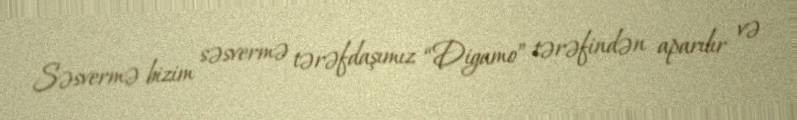
Səsvermə bizim səsvermə tərəfdaşımız “Digamo” tərəfindən aparılır və